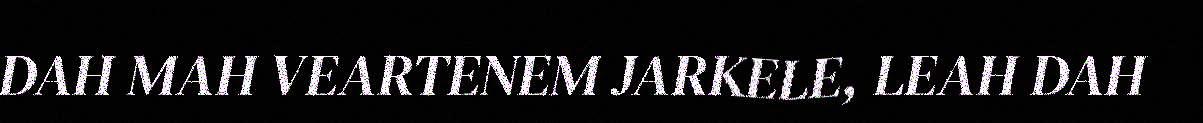
DAH MAH VEARTENEM JARKELE, LEAH DAH